Source: Handwritten
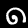
Digit: ၈ (8)